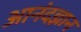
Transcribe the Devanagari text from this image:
आनंदज्ञान